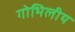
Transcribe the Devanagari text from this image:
गोभिलीय